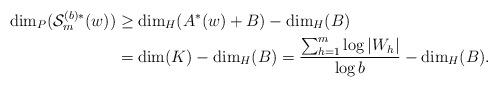
LaTeX: \begin{align*}\dim_P(\mathcal{S}_m^{(b)\ast}(w)) &\geq \dim_H( A^{\ast}(w)+ B)- \dim_H(B)\\&= \dim(K)-\dim_H(B)= \frac{\sum_{h=1}^{m} \log |W_h|}{\log b}-\dim_H(B).\end{align*}